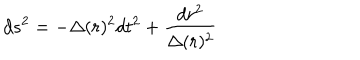
d s ^ { 2 } = - \Delta ( r ) ^ { 2 } d t ^ { 2 } + \frac { d r ^ { 2 } } { \Delta ( r ) ^ { 2 } }